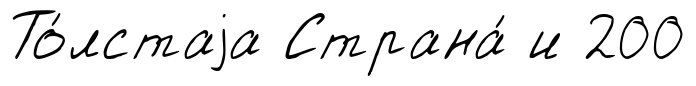
То́лстаjа Страна́ и 200